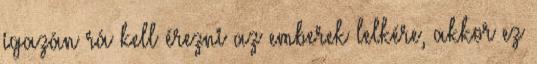
igazán rá kell érezni az emberek lelkére, akkor ez